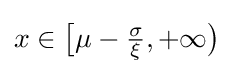
x\in {\big [}\mu -{\tfrac {\sigma }{\xi }},+\infty {\big )}